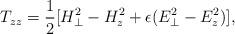
LaTeX: \begin{align*}T_{zz}={1\over2}[H_\perp^2-H_z^2+\epsilon(E_\perp^2-E_z^2)],\end{align*}